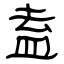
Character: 盍